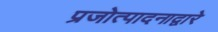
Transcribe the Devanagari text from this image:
प्रजोत्पादनाद्वारे